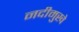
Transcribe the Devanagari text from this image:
नदीमुखे